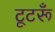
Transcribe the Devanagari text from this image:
टूटरूँ